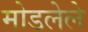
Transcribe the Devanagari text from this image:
मोडलेले